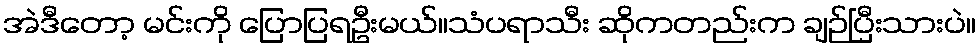
အဲဒီတော့ မင်းကို ပြောပြရဦးမယ်။သံပရာသီး ဆိုကတည်းက ချဉ်ပြီးသားပဲ။